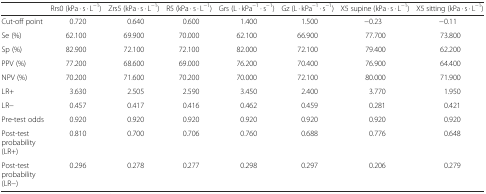
<table><thead><tr><td></td><td><b>Rrs0 (kPa · s · L<sup>−1</sup>)</b></td><td><b>Zrs5 (kPa · s · L<sup>−1</sup>)</b></td><td><b>R5 (kPa · s · L<sup>−1</sup>)</b></td><td><b>Grs (L · kPa<sup>−1</sup> · s<sup>−1</sup>)</b></td><td><b>Gz (L · kPa<sup>−1</sup> · s<sup>−1</sup>)</b></td><td><b>X5 supine (kPa · s · L<sup>−1</sup>)</b></td><td><b>X5 sitting (kPa · s · L<sup>−1</sup>)</b></td></tr></thead><tbody><tr><td>Cut-off point</td><td>0.720</td><td>0.640</td><td>0.600</td><td>1.400</td><td>1.500</td><td>−0.23</td><td>−0.11</td></tr><tr><td>Se (%)</td><td>62.100</td><td>69.900</td><td>70.000</td><td>62.100</td><td>66.900</td><td>77.700</td><td>73.800</td></tr><tr><td>Sp (%)</td><td>82.900</td><td>72.100</td><td>72.100</td><td>82.000</td><td>72.100</td><td>79.400</td><td>62.200</td></tr><tr><td>PPV (%)</td><td>77.200</td><td>68.600</td><td>69.000</td><td>76.200</td><td>70.400</td><td>76.900</td><td>64.400</td></tr><tr><td>NPV (%)</td><td>70.200</td><td>71.600</td><td>70.200</td><td>70.000</td><td>72.100</td><td>80.000</td><td>71.900</td></tr><tr><td>LR+</td><td>3.630</td><td>2.505</td><td>2.590</td><td>3.450</td><td>2.400</td><td>3.770</td><td>1.950</td></tr><tr><td>LR−</td><td>0.457</td><td>0.417</td><td>0.416</td><td>0.462</td><td>0.459</td><td>0.281</td><td>0.421</td></tr><tr><td>Pre-test odds</td><td>0.920</td><td>0.920</td><td>0.920</td><td>0.920</td><td>0.920</td><td>0.920</td><td>0.920</td></tr><tr><td>Post-test probability (LR+)</td><td>0.810</td><td>0.700</td><td>0.706</td><td>0.760</td><td>0.688</td><td>0.776</td><td>0.648</td></tr><tr><td>Post-test probability (LR−)</td><td>0.296</td><td>0.278</td><td>0.277</td><td>0.298</td><td>0.297</td><td>0.206</td><td>0.279</td></tr></tbody></table>